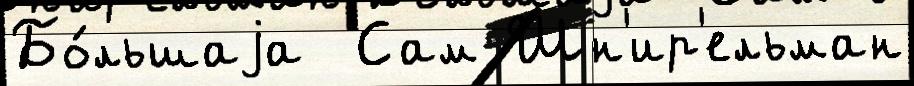
Бо́льшаjа  Сам Шн'ир'ельман